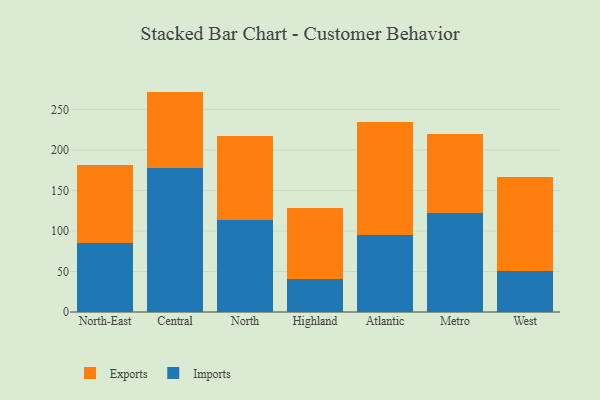
{"axis": {"x": "Region", "y": "Shipments"}, "legend": ["Exports", "Imports"], "data": [{"x": "North-East", "y": 85.6, "type": "Imports"}, {"x": "North-East", "y": 96.1, "type": "Exports"}, {"x": "Central", "y": 178.1, "type": "Imports"}, {"x": "Central", "y": 93.9, "type": "Exports"}, {"x": "North", "y": 113.7, "type": "Imports"}, {"x": "North", "y": 103.7, "type": "Exports"}, {"x": "Highland", "y": 40.6, "type": "Imports"}, {"x": "Highland", "y": 87.4, "type": "Exports"}, {"x": "Atlantic", "y": 94.9, "type": "Imports"}, {"x": "Atlantic", "y": 140.1, "type": "Exports"}, {"x": "Metro", "y": 122.6, "type": "Imports"}, {"x": "Metro", "y": 96.6, "type": "Exports"}, {"x": "West", "y": 50.1, "type": "Imports"}, {"x": "West", "y": 116.3, "type": "Exports"}]}